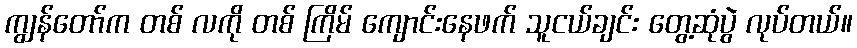
ကျွန်တော်က တစ် လကို တစ် ကြိမ် ကျောင်းနေဖက် သူငယ်ချင်း တွေ့ဆုံပွဲ လုပ်တယ်။